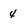
Character: 4